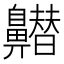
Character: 𪖽